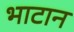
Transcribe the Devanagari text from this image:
भाटान